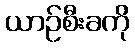
ယာဉ်စီးခကို